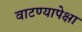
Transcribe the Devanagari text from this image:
वाटण्यापेक्षा